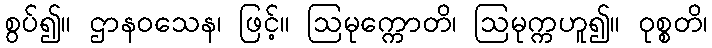
စွပ်၍။ ဌာနဝသေန၊ ဖြင့်။ ဩမုက္ကောတိ၊ ဩမုက္ကဟူ၍။ ဝုစ္စတိ၊